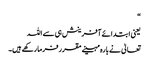
“
یعنی ابتدائے آفرینش ہی سے اللہ
تعالیٰ نے بارہ مہینے مقرر فرما رکھے ہیں۔